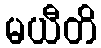
မယီတိ